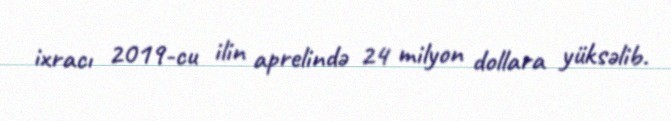
ixracı 2019-cu ilin aprelində 24 milyon dollara yüksəlib.